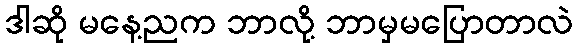
ဒါဆို မနေ့ညက ဘာလို့ ဘာမှမပြောတာလဲ